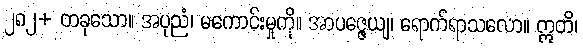
၂၈၂+ တခုသော။ အပုညံ၊ မကောင်းမှုကို။ အာပဇ္ဇေယျ၊ ရောက်ရာသလော။ ဣတိ၊